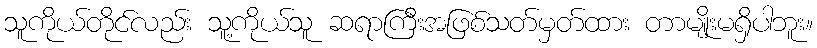
သူကိုယ်တိုင်လည်း သူ့ကိုယ်သူ ဆရာကြီးအဖြစ်သတ်မှတ်ထား တာမျိုးမရှိပါဘူး။